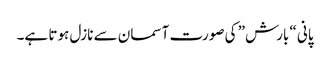
پانی “بارش” کی صورت آسمان سے نازل ہوتا ہے۔